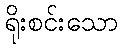
ရိုးစင်းသော